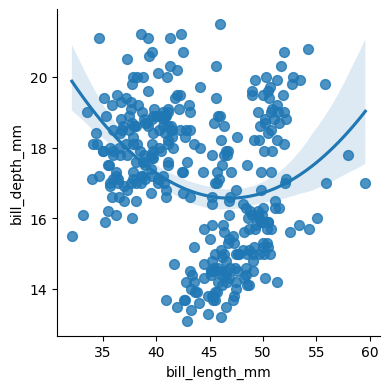
python, seaborn, lmplot, aspect=1.0, order=2, markers='o'